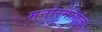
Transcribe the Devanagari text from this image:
मनोरमागंज